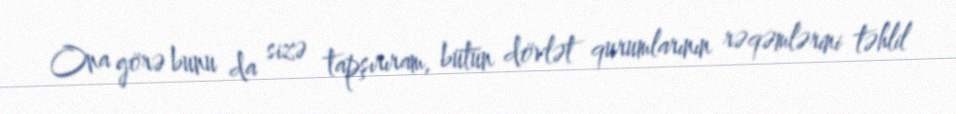
Ona görə bunu da sizə tapşırıram, bütün dövlət qurumlarının rəqəmlərini təhlil